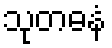
သုတဓနံ